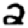
Digit: 2